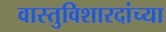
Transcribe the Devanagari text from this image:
वास्तुविशारदांच्या